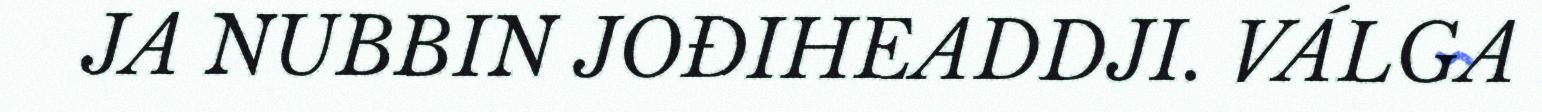
JA NUBBIN JOĐIHEADDJI. VÁLGA